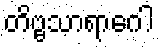
တိဗ္ဗသာရာဂေါ